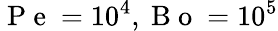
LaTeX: \mathrm{~P~e~}=10^{4},\mathrm{~B~o~}=10^{5}